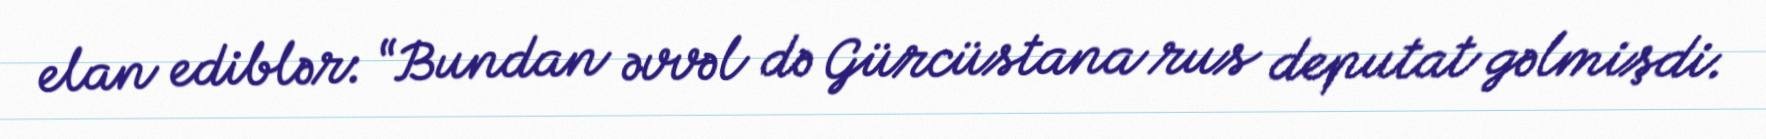
elan ediblər: “Bundan əvvəl də Gürcüstana rus deputat gəlmişdi.